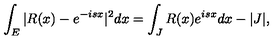
\int _ { E } | R ( x ) - e ^ { - i s x } | ^ { 2 } d x = \int _ { J } R ( x ) e ^ { i s x } d x - | J | ,